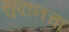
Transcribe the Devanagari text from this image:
सुदानचा